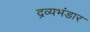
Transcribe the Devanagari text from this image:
द्रव्यभंडार